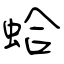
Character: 蛤